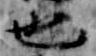
也